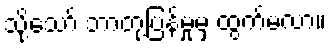
သို့သော် ဘာတုံ့ပြန်မှုမှ ထွက်မလာ။